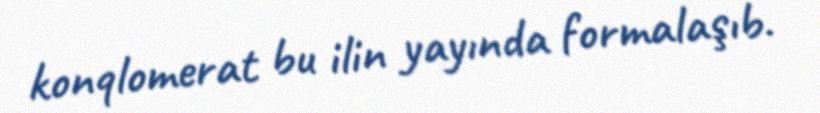
konqlomerat bu ilin yayında formalaşıb.